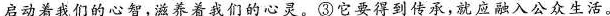
启动着我们的心智，滋养着我们的心灵。③它要得到传承，就应融入公众生活。